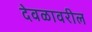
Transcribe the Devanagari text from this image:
देवळावरील